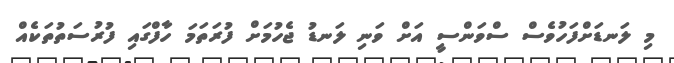
މި ލަނޑަށްފަހުވެސް ސްވަންސީ އަށް ވަނި ލަނޑު ޖެހުމަށް ފުރަތަމަ ހާފްގައި ފުރުސަތުތަކެއް